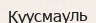
Куусмауль